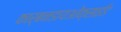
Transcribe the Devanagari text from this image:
कार्बनडायओक्साईड